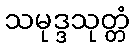
သမုဒ္ဒသုတ္တံ